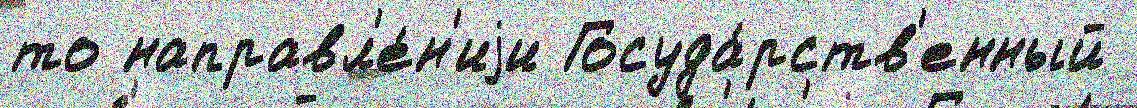
то направл'е́н'иjи Госуда́рств'енный